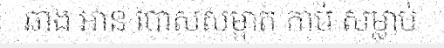
ឆាង អាន បោសសម្អាត កាប់ សម្លាប់